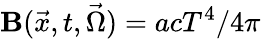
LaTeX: \mathbf{B}(\vec{{x}},t,\vec{{\Omega}})=acT^{4}/4\pi